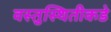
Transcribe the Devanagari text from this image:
वस्तुस्थितीकडे